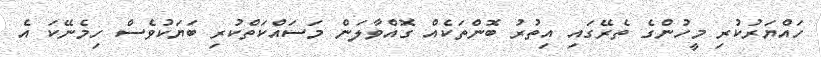
ހައްޔަރުކުރި މީހުންގެ ތެރޭގައި އިތުރު ބޮންތަކެއް ގޮއްވާލަން މަސައްކަތްކުރި ބަޔަކުވެސް ހިމެނޭކަ އެ